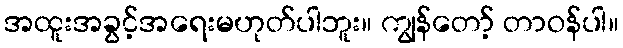
အထူးအခွင့်အရေးမဟုတ်ပါဘူး။ ကျွန်တော့် တာဝန်ပါ။